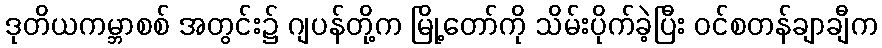
ဒုတိယကမ္ဘာစစ် အတွင်း၌ ဂျပန်တို့က မြို့တော်ကို သိမ်းပိုက်ခဲ့ပြီး ဝင်စတန်ချာချီက